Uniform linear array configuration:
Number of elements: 48
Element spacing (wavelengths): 1
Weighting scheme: hamming
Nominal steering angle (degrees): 15
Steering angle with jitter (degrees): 14.521
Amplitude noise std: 0.05
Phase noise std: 0.05

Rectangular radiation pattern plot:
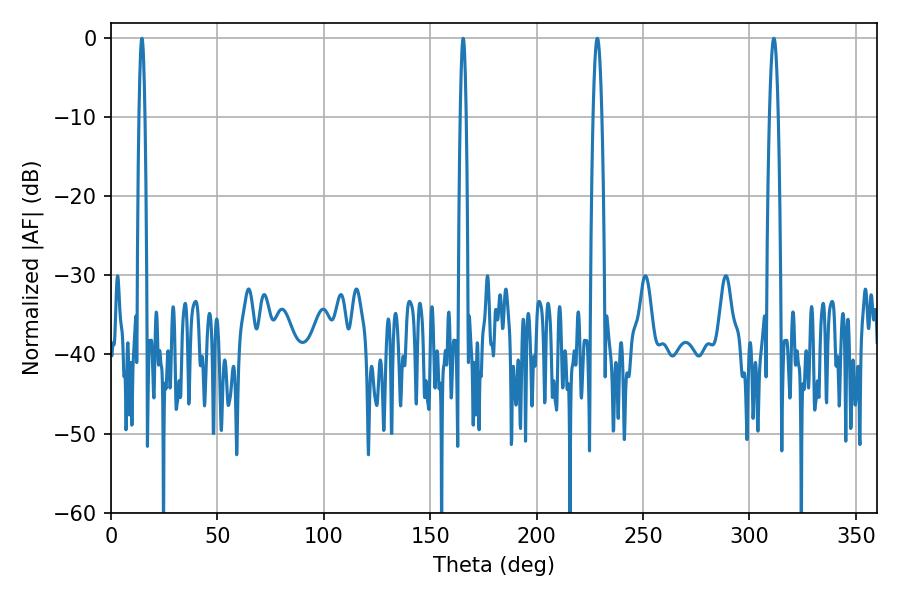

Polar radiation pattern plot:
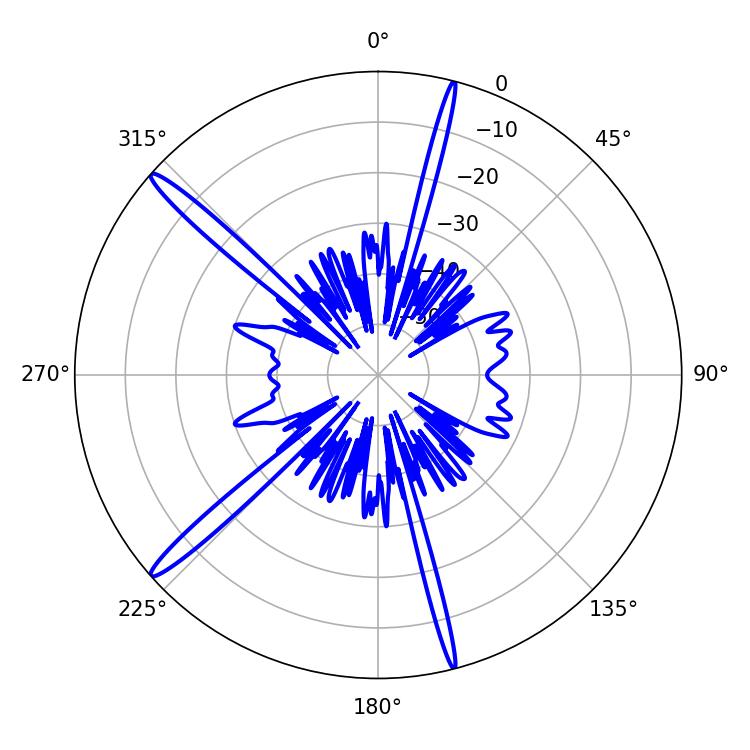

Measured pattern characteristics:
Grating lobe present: TRUE
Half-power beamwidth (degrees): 2.16
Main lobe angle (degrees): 228.6